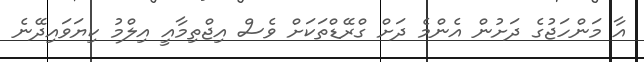
އާ މަންހަޖުގެ ދަށުން އެންމެ ދަށް ގްރޭޑްތަކަށް ވެސް އިޖްތިމާއީ އިލްމު ކިޔަވައިދޭނެ